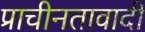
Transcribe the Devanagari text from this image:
प्राचीनतावादी